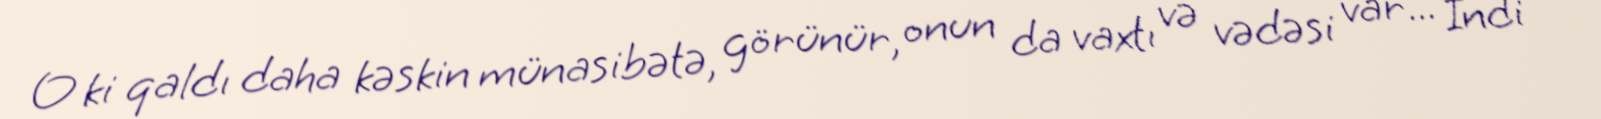
O ki qaldı daha kəskin münasibətə, görünür, onun da vaxtı və vədəsi var... İndi